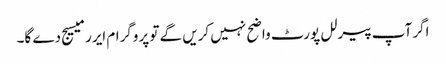
اگر آپ پیرلل پورٹ واضح نہیں کریں گے تو پروگرام ایرر میسیج دے گا۔